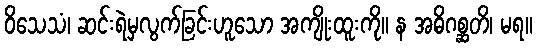
ဝိသေသံ၊ ဆင်းရဲမှလွက်ခြင်းဟူသော အကျိုးထူးကို။ န အဓိဂစ္ဆတိ၊ မရ။